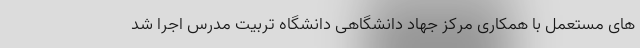
های مستعمل با همکاری مرکز جهاد دانشگاهی دانشگاه تربیت مدرس اجرا شد